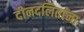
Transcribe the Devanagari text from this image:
दीनदलितांना